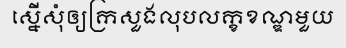
ស្នើសុំឲ្យក្រសួងលុបលក្ខខណ្ឌមួយ